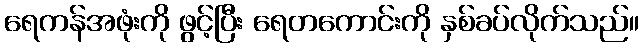
ရေကန်အဖုံးကို ဖွင့်ပြီး ရေတကောင်းကို နှစ်ခပ်လိုက်သည်။